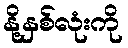
နို့နှစ်လုံးကို